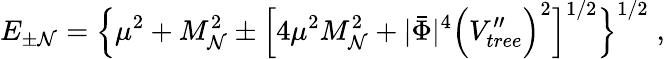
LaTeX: E_{\pm\mathcal{N}}=\Big\lbrace\mu^{2}+M_{\mathcal{N}}^{2}\pm\Big\lbrack4\mu^{2}M_{\mathcal{N}}^{2}+|\bar{{\Phi}}|^{4}\Big(V_{tree}^{\prime\prime}\Big)^{2}\Big\rbrack^{1/2}\Big\rbrace^{1/2}\; ,